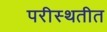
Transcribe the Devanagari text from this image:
परीस्थतीत